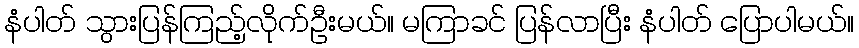
နံပါတ် သွားပြန်ကြည့်လိုက်ဦးမယ်။ မကြာခင် ပြန်လာပြီး နံပါတ် ပြောပါမယ်။